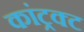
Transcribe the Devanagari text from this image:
कांट्रक्ट